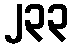
၂၃၃